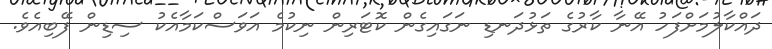
ދައްކާލުމަށްފަހު އޭނާ ކާރުގެ ތަޅުދަނޑި ނަގައިގެން ކޮޓަރިން ނިކުމެ އަވަސްކަމާއެކު ސިޑިން ފޭބިއެވެ.